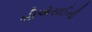
બીએસઈની